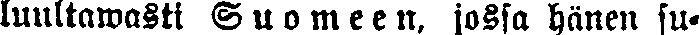
luultawasti Suomeen, jossa hänen su-